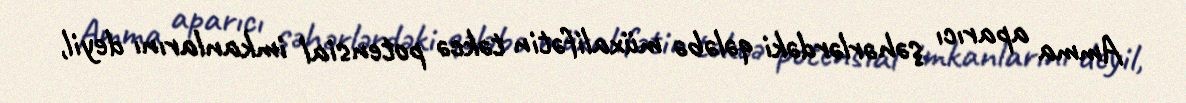
Amma aparıcı şəhərlərdəki qələbə müxalifətin təkcə potensial imkanlarını deyil,